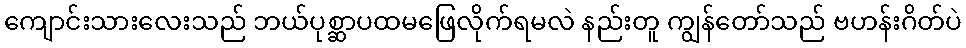
ကျောင်းသားလေးသည် ဘယ်ပုစ္ဆာပထမဖြေလိုက်ရမလဲ နည်းတူ ကျွန်တော်သည် ဗဟန်းဂိတ်ပဲ